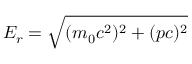
E _ { r } = { \sqrt { ( m _ { 0 } c ^ { 2 } ) ^ { 2 } + ( p c ) ^ { 2 } } } \,